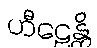
ဟီဠေန္တိ